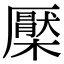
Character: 檿